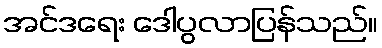
အင်ဒရေး ဒေါပွလာပြန်သည်။